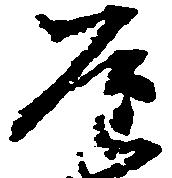
屋